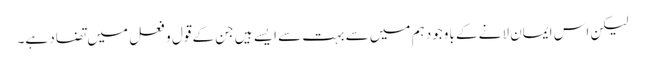
لیکن اس ایمان لانے کے باوجود ہم میں سے بہت سے ایسے ہیں جن کے قول و فعل میں تضاد ہے۔